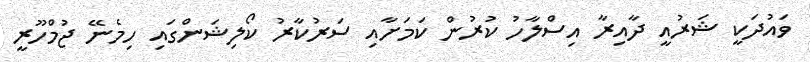
ވައުދަކީ ޝަރުއީ ދާއިރާ އިސްލާހު ކުރުން ކަމަށާއި ސަރުކާރު ކޯލިޝަންގައި ހިމެނޭ ޖުމްހޫރީ